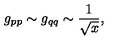
g _ { p p } \sim g _ { q q } \sim \frac { 1 } { \sqrt { x } } ,